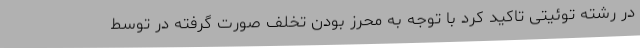
در رشته توئیتی تاکید کرد با توجه به محرز بودن تخلف صورت گرفته در توسط